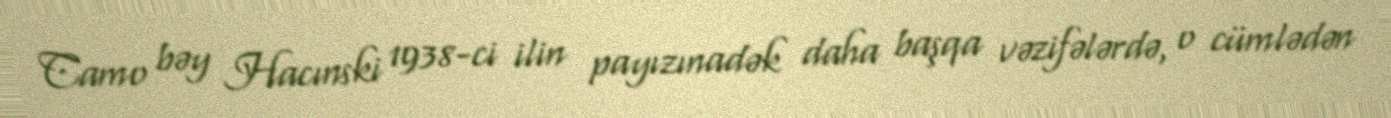
Camo bəy Hacınski 1938-ci ilin payızınadək daha başqa vəzifələrdə, o cümlədən